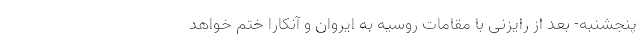
پنجشنبه- بعد از رایزنی با مقامات روسیه به ایروان و آنکارا ختم خواهد